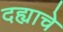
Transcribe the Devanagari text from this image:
दह्याचे